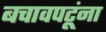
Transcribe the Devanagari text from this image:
बचावपटूंना